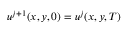
u ^ { j + 1 } ( x , y , 0 ) = u ^ { j } ( x , y , T )